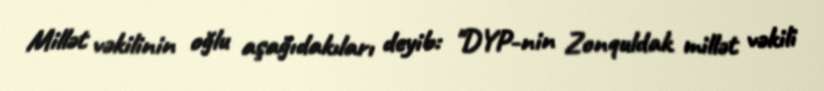
Millət vəkilinin oğlu aşağıdakıları deyib: "DYP-nin Zonquldak millət vəkili